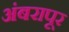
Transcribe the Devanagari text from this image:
अंबरापूर